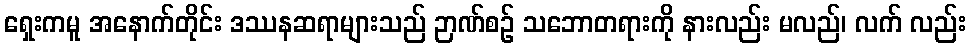
ရှေးကမူ အနောက်တိုင်း ဒဿနဆရာများသည် ဉာဏ်စဉ် သဘောတရားကို နားလည်း မလည်၊ လက် လည်း